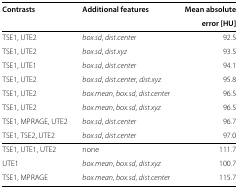
| Contrasts | Additional features | Mean absolute |
 |  |  | error [HU] |
 | --- | --- | --- |
 | TSE1, UTE2 | box.sd, dist.center | 92.5 |
 | TSE1, UTE2 | box.sd, dist.xyz | 93.5 |
 | TSE1, UTE1 | box.sd, dist.center | 94.1 |
 | TSE1, UTE2 | box.sd, dist.center, dist.xyz | 95.8 |
 | TSE1, UTE2 | box.mean, box.sd, dist.center | 96.5 |
 | TSE1, UTE2 | box.mean, box.sd, dist.xyz | 96.5 |
 | TSE1, MPRAGE, UTE2 | box.sd, dist.center | 96.7 |
 | TSE1, TSE2, UTE2 | box.sd, dist.center | 97.0 |
 | TSE1, UTE1, UTE2 | none | 111.7 |
 | UTE1 | box.mean, box.sd, dist.xyz | 100.7 |
 | TSE1, MPRAGE | box.mean, box.sd, dist.center | 115.7 |